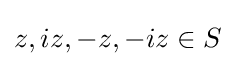
z,iz,-z,-iz\in S